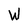
Character: W